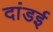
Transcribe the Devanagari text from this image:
दांडई